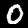
Digit: 0